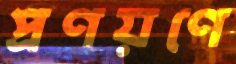
প্রণয়ণে